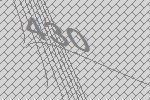
430